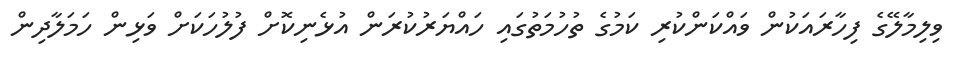
ވިލިމާލޭގެ ފިހާރައަކުން ވައްކަންކުރި ކަމުގެ ތުހުމަތުގައި ހައްޔަރުކުރަން އުޅެނިކޮށް ފުލުހަކަށް ވަޅިން ހަމަލާދިން